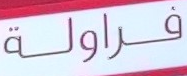
فراولة